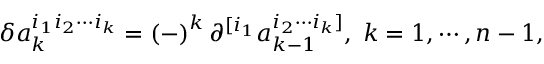
\delta a _ { k } ^ { i _ { 1 } i _ { 2 } \cdots i _ { k } } = \left( - \right) ^ { k } \partial ^ { [ i _ { 1 } } a _ { k - 1 } ^ { i _ { 2 } \cdots i _ { k } ] } , \; k = 1 , \cdots , n - 1 ,